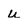
Character: u